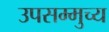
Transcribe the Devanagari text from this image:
उपसम्मुच्य